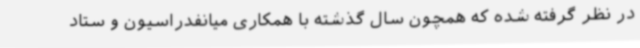
در نظر گرفته شده که همچون سال گذشته با همکاری میانفدراسیون و ستاد